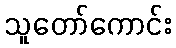
သူတော်ကောင်း